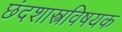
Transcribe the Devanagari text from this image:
छंदशास्त्रविषयक